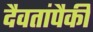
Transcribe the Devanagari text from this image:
दैवतांपैकी